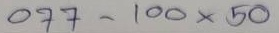
077 - 100 x 50